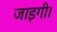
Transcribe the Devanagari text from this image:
जाइगी।